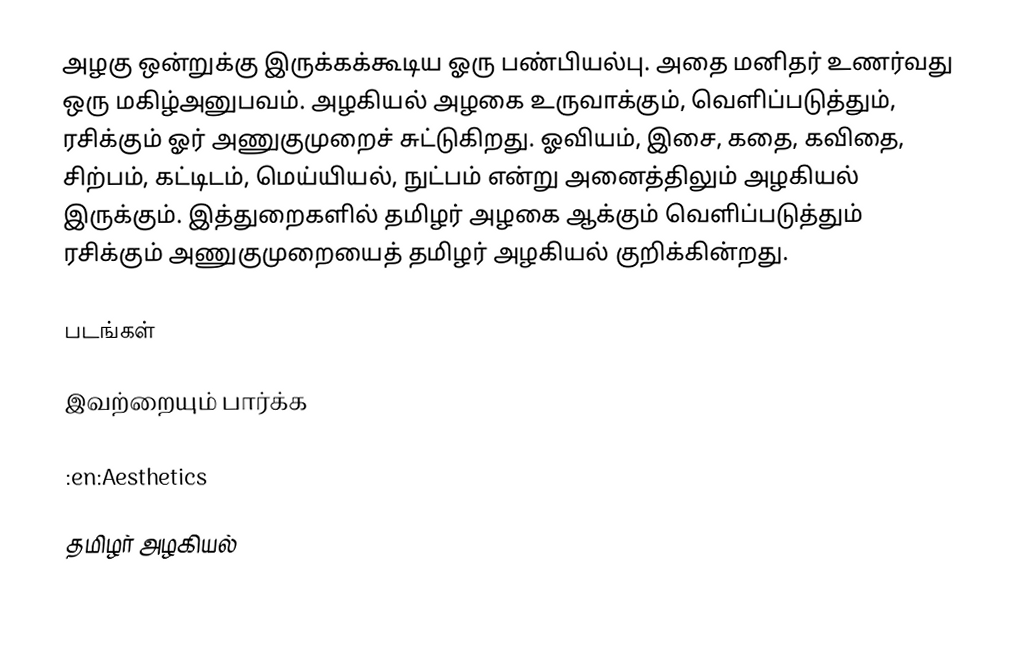
அழகு ஒன்றுக்கு இருக்கக்கூடிய ஓரு பண்பியல்பு.  அதை மனிதர் உணர்வது ஒரு மகிழ்அனுபவம்.  அழகியல் அழகை உருவாக்கும், வெளிப்படுத்தும், ரசிக்கும் ஓர் அணுகுமுறைச் சுட்டுகிறது.  ஓவியம், இசை, கதை, கவிதை, சிற்பம், கட்டிடம், மெய்யியல், நுட்பம் என்று அனைத்திலும் அழகியல் இருக்கும்.  இத்துறைகளில் தமிழர் அழகை ஆக்கும் வெளிப்படுத்தும் ரசிக்கும் அணுகுமுறையைத் தமிழர் அழகியல் குறிக்கின்றது.

படங்கள்

இவற்றையும் பார்க்க

 :en:Aesthetics

தமிழர் அழகியல்